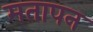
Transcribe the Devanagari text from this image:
मतापन